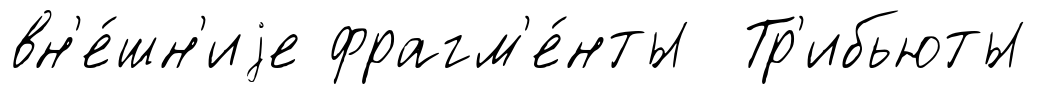
вн'е́шн'иjе фрагм'е́нты Тр'ибьюты